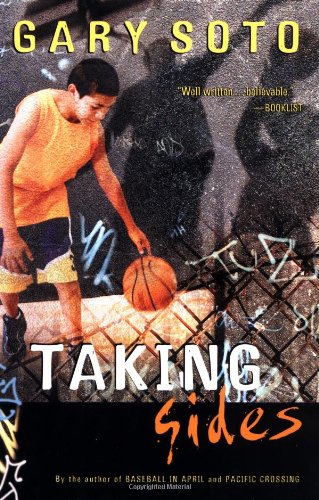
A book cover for Taking Sides; Gary Soto; Children's Books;